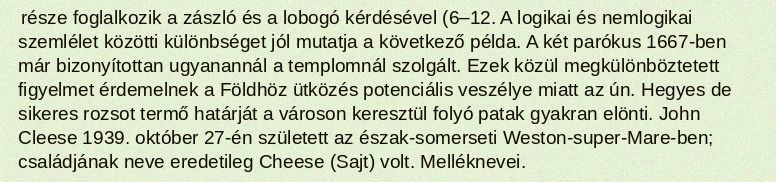
része foglalkozik a zászló és a lobogó kérdésével (6–12. A logikai és nemlogikai szemlélet közötti különbséget jól mutatja a következő példa. A két parókus 1667-ben már bizonyítottan ugyanannál a templomnál szolgált. Ezek közül megkülönböztetett figyelmet érdemelnek a Földhöz ütközés potenciális veszélye miatt az ún. Hegyes de sikeres rozsot termő határját a városon keresztül folyó patak gyakran elönti. John Cleese 1939. október 27-én született az észak-somerseti Weston-super-Mare-ben; családjának neve eredetileg Cheese (Sajt) volt. Melléknevei.